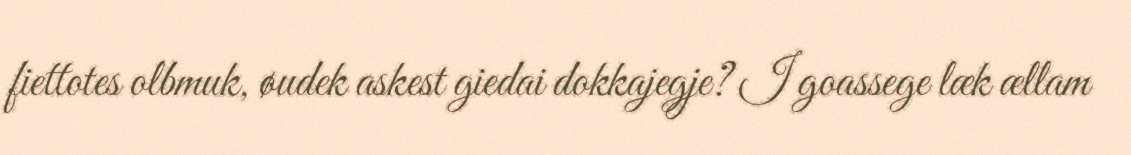
fiettotes olbmuk, øudek askest giedai dokkajegje? I goassege læk ællam